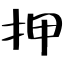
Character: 押